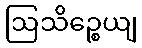
ဩသိဉ္စေယျ